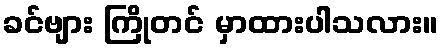
ခင်ဗျား ကြိုတင် မှာထားပါသလား။